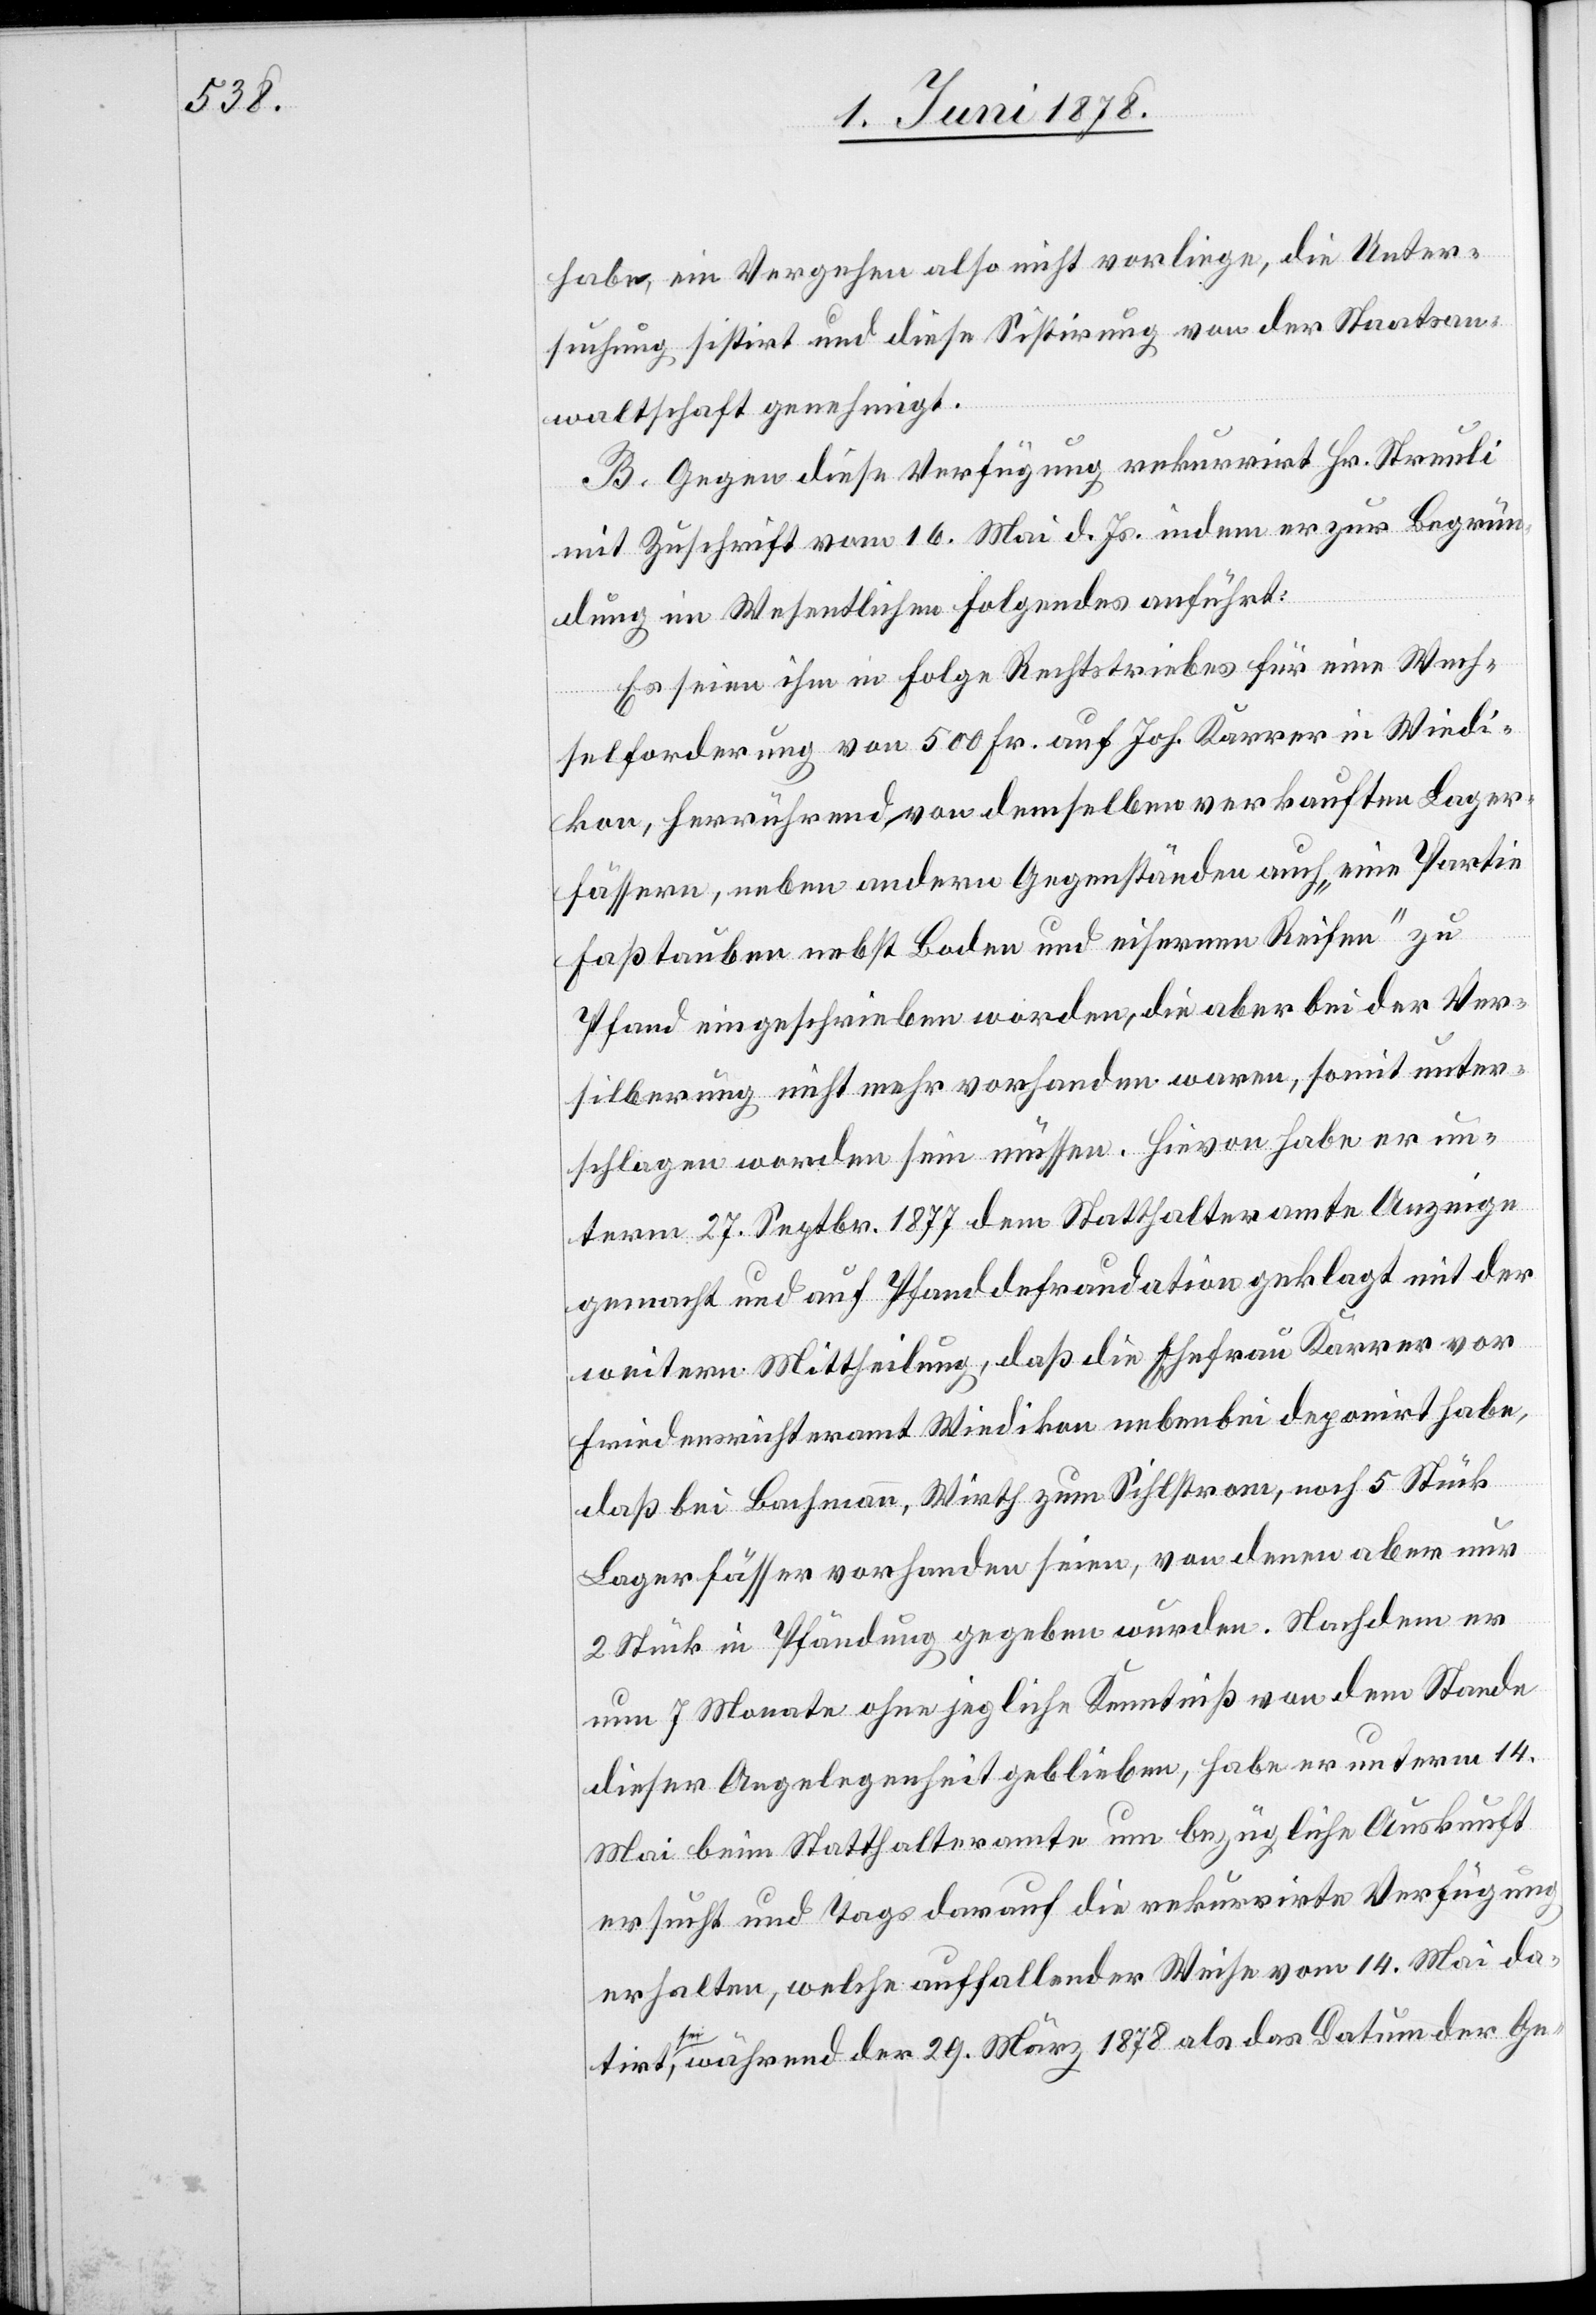
habe, ein Vergehen also nicht vorliege, die Unter¬
suchung sistirt und diese Sistirung von der Staatsan¬
waltschaft genehmigt.
B. Gegen diese Verfügung rekurrirt Hr. Streuli
mit Zuschrift vom 16. Mai d. Js. indem er zur Begrün¬
dung im Wesentlichen Folgendes anführt:
Es seien ihm in Folge Rechtstriebes für eine Wech¬
selforderung von 500 Fr. auf Joh. Karrer in Wiedi¬
kon, herrührend von demselben verkauften Lager¬
fässern, neben andern Gegenständen auch „eine Partie
Faßtauben [sic!] nebst Boden und eisernen Reifen“ zu
Pfand eingeschrieben worden, die aber bei der Ver¬
silberung nicht mehr vorhanden waren, somit unter¬
schlagen worden sein müssen. Hievon habe er un¬
term 27. Septbr. 1877 dem Statthalteramte Anzeige
gemacht und auf Pfanddefraudation geklagt mit der
weitern Mittheilung, daß die Ehefrau Karrer vor
Friedensrichteramt Wiedikon nebenbei deponirt habe,
daß bei Bachmann, Wirth zum Sihlstrom, noch 5 Stück
Lagerfässer vorhanden seien, von denen aber nur
2 Stück in Pfändung gegeben wurden. Nachdem er
um 7 Monate ohne jegliche Kenntniß von dem Stande
dieser Angelegenheit geblieben, habe er unterm 14.
Mai beim Statthalteramte um bezügliche Auskunft
ersucht und Tags darauf die rekurrirte Verfügung
erhalten, welche auffallender Weise vom 14. Mai da¬
tirt sei, während der 29. März 1878 als das Datum der Ge-